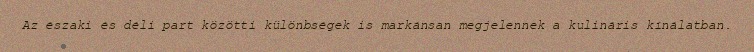
Az északi és déli part közötti különbségek is markánsan megjelennek a kulináris kínálatban.